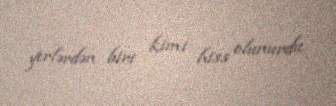
yerlərdən biri kimi hiss olunurdu.